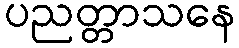
ပညတ္တာသနေ